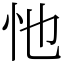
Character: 忚